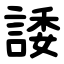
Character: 諉